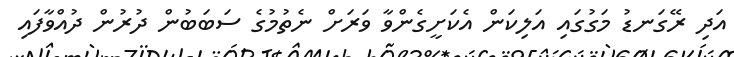
އަދި ރޭގަނޑު މަގުގައި އަލިކަން އެކަށީގެންވާ ވަރަށް ނެތުމުގެ ސަބަބުން ދުރުން ދުއްވާފައި